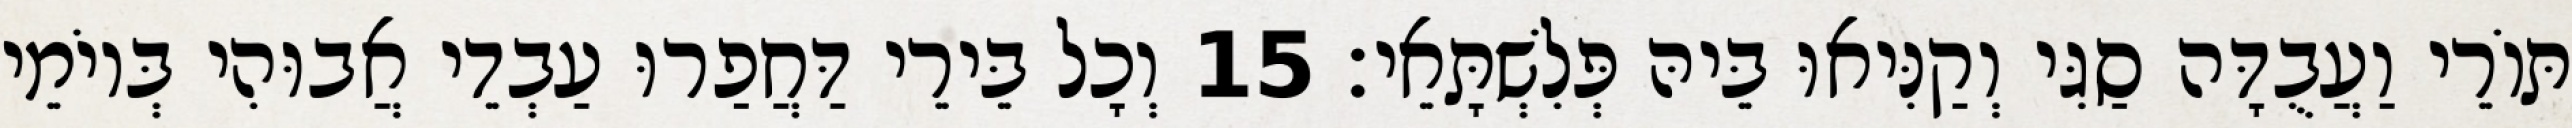
תּוֹרֵי וַעֲבֻדָּה סַגִּי וְקַנִּיאוּ בֵּיהּ פְּלִשְׁתָּאֵי׃ 15 וְכָל בֵּירֵי דַּחֲפַרוּ עַבְדֵי אֲבוּהִי בְּיוֹמֵי